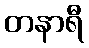
တနာရီ